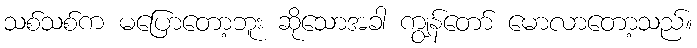
သစ်သစ်က မပြောတော့ဘူး ဆိုသောအခါ ကျွန်တော် မောလာတော့သည်။